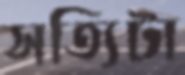
সত্যিটা